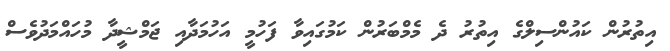
އިތުރުން ކައުންސިލްގެ އިތުރު ދެ މެމްބަރުން ކަމުގައިވާ ފަހުމީ އަހުމަދާއި ޖަމްޝީދާ މުހައްމަދުވެސް